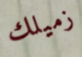
زميلك